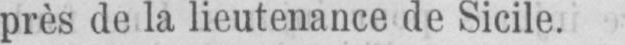
près de la lieutenance de Sicile.